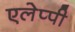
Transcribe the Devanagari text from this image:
एलेप्पी